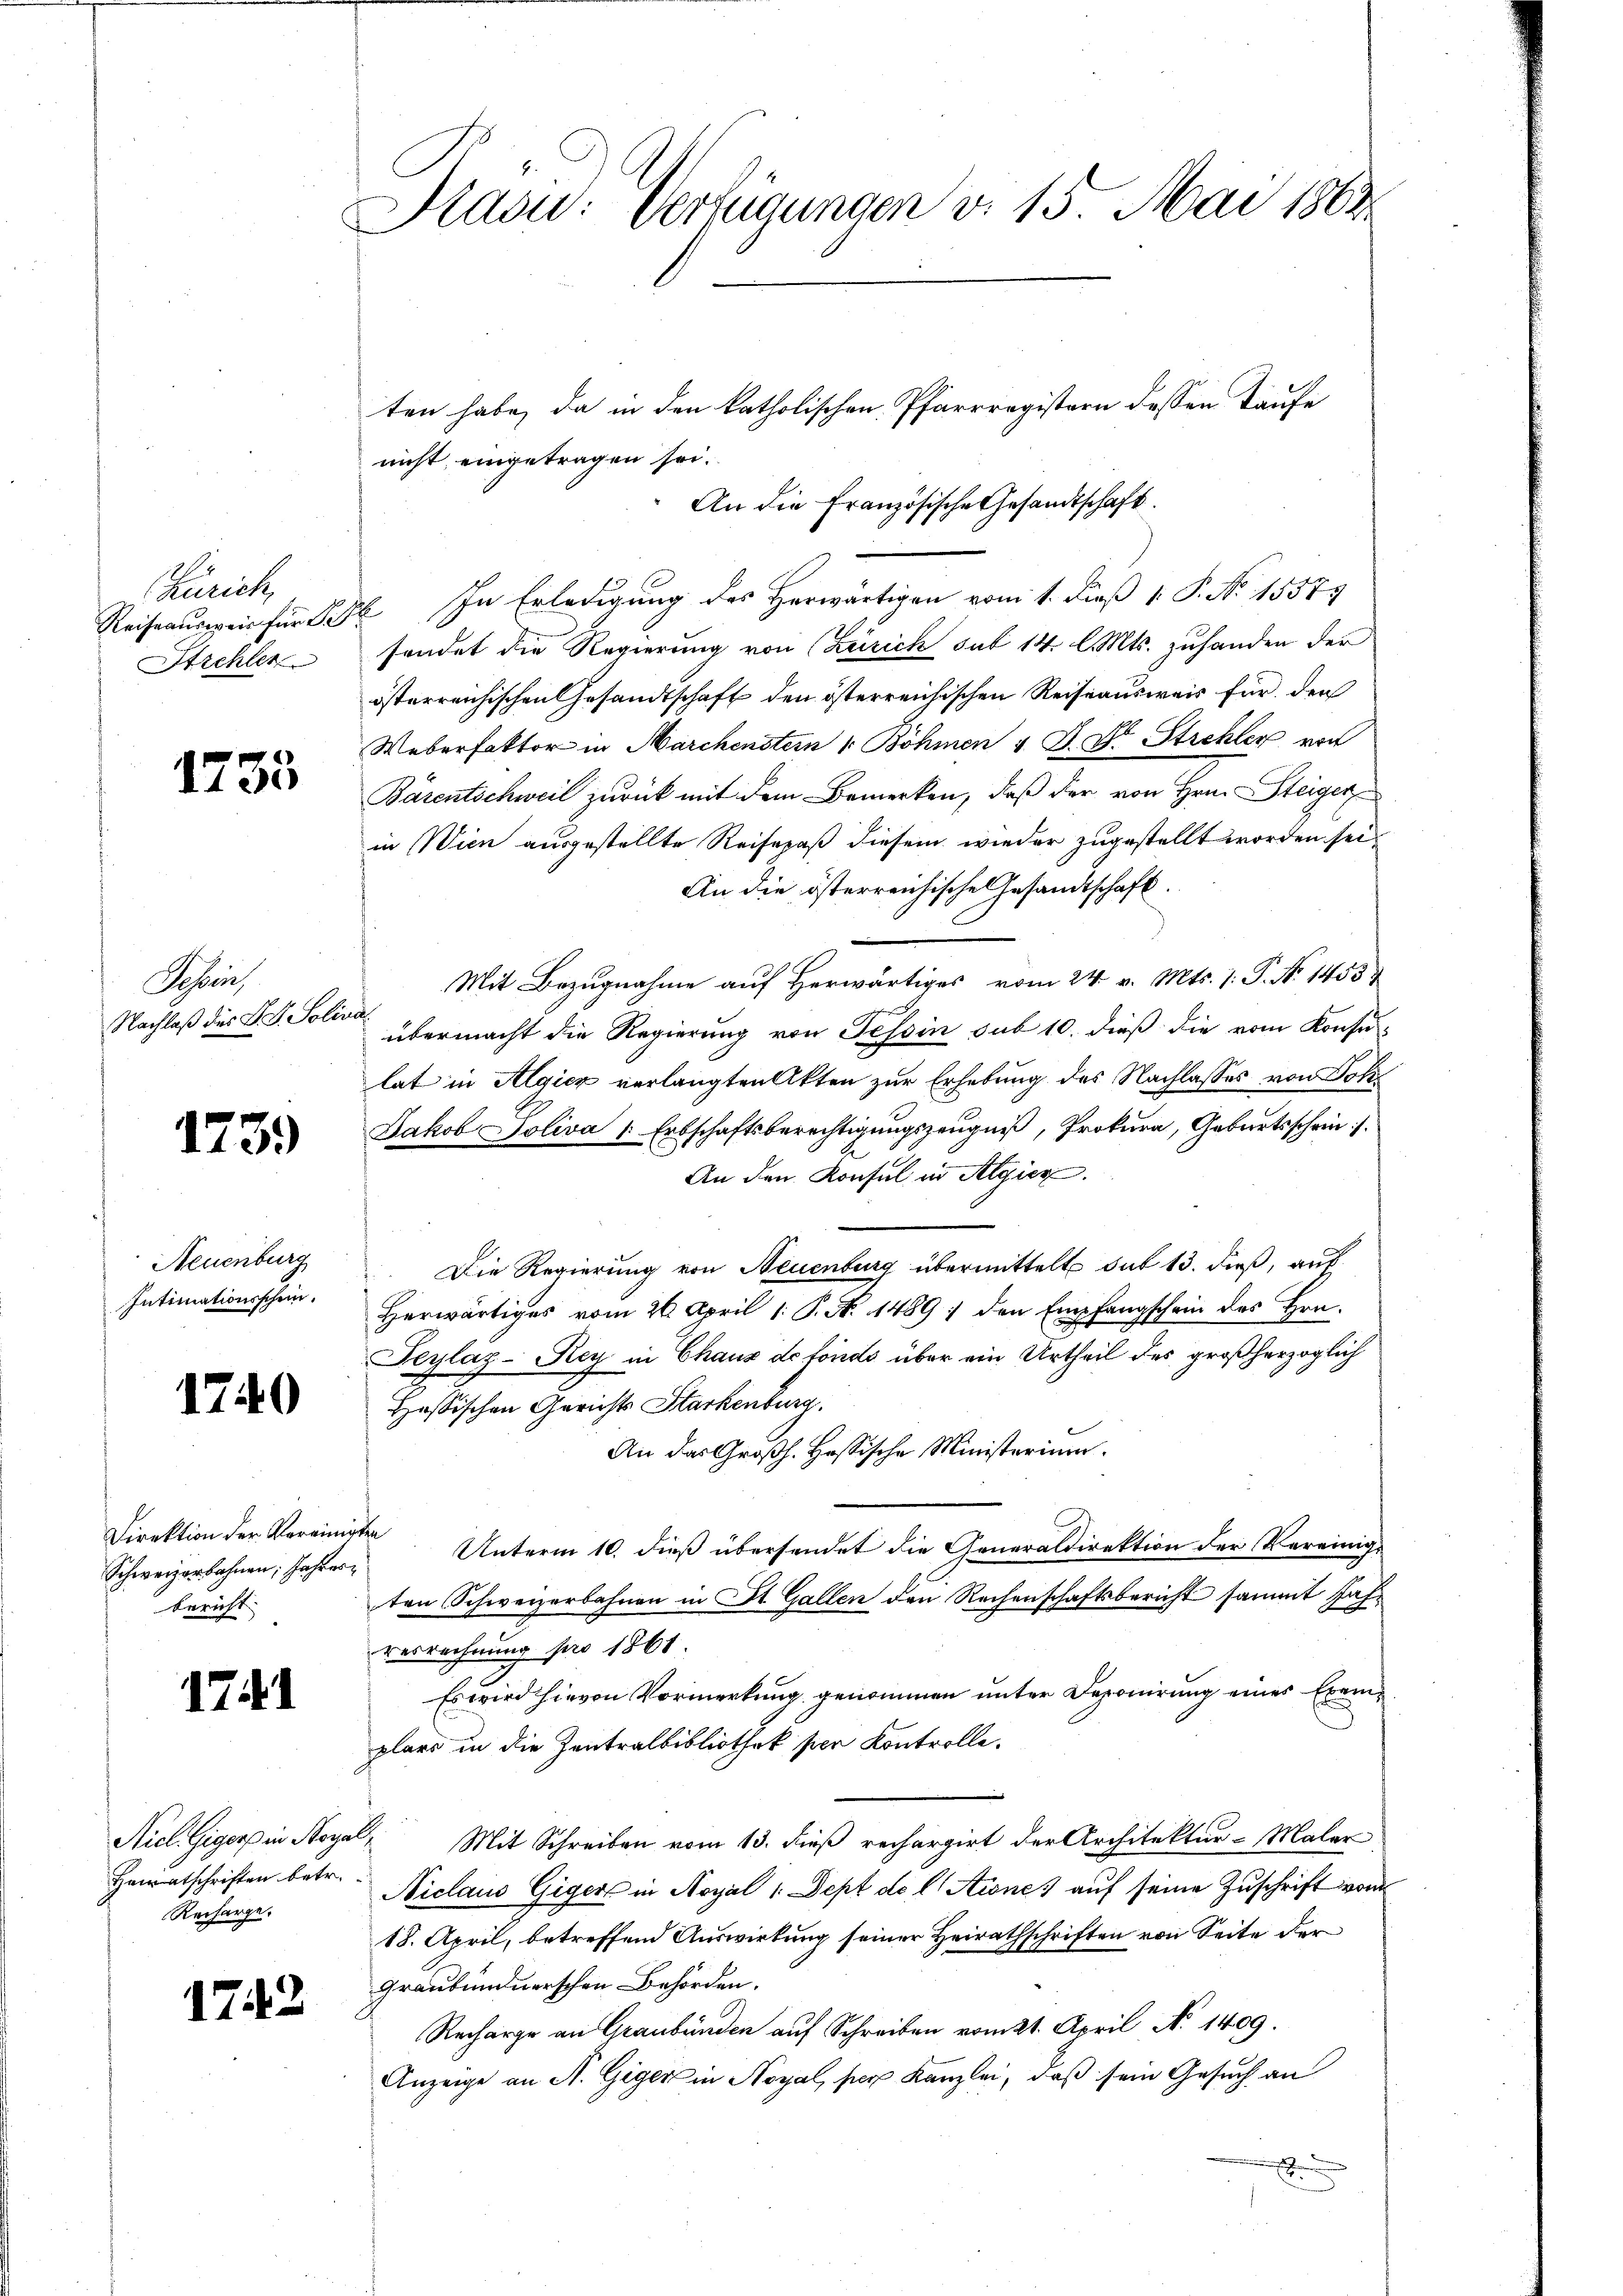
Zürich,
Reise ausweis für Se
Strehler

1735

Schrei
Nachlaß des P. F. Solive

1739)

Neuenburg
Intimationsschein.

1740

Direktion der Vereinig
Schweizerbahnen, Jahresbericht

1741

Niel. Gigers in Nega
Heiratschriften betr.
Recharge.

1742

Kasu: Verfügungen v. 15. Mai 1864.

ten habe, da in den katholischen Pfarrregistern dessen Taufe
nicht eingetragen sei.
An die Französische Gesandtschaft.
26. In Erledigung des Herwärtigen vom 1. Dieß 1. P. N. 15574
sendet die Regierung von Zürich sub 14. l. Mts. zuhanden der
österreichischen Gesandtschaft den österreichischen Reiseausweis für den
Weberfaktor in Marchenstein 1. Böhmen 4 J. Dr Strehler von
Bärentschweil zurück mit dem Bemerken, daß der von Hrn. Steiger,
in Wien ausgestellte Reisepaß diesem wieder zugestellt worden sei.
An die österreichische Gesandtschaft.
Mit Bezugnahme auf herwärtiges vom 24. v. Mts. 1. P. No. 1453
.
übermacht die Regierung von Tessin sub 10. dieß die vom Konsu-
lat in Algicz verlangten Akten zur Erhebung des Nachlasses von Joh
Jakob Soliva 1. Erbschaftsberechtigungszeugniß, Prokura, Geburtsschein
An den Konsul in Algier.
Die Regierung von Neuenburg übermittelt dit 13. dieß, auf
Herwärtiges vom 26. April 1. P. N. 1489 / den Empfangschein des Hrn.
Feylaz-Rey in Chaus de fondo über ein Urtheil des großherzoglich
Hassischen Gerichts Starkenburg.
An das Großh. Hassische Ministerium.
te Unterm 10. dieß übersendet die Generaldirektion der Vereinig-
ten Schweizerbahnen in St. Gallen den Rechenschaftsbericht sammt Jahresrechnung pro 1861.
Es wird hievon Vormerkung genommen unter Deponirung eines Exemplars in die Zentralbibliothek per Kontrolle.
C. Mit Schreiben vom 13. dieß rechargirt der Architektur-Maler
Niclaus Giger in Noyal 1 Sept de l. Stiones auf seine Zuschrift vom
18. April, betreffend Auswirkung seiner Heirathschriften von Seite der
Graubündnerschen Behörden.
Recharge an Graubünden auf Schreiben vom 21. April No 1409.
Anzeige an A. Giger in Noyal, per Kanzlei, daß sein Gesuch an
S